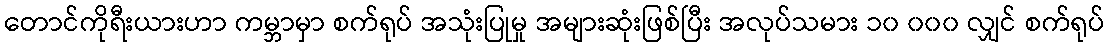
တောင်ကိုရီးယားဟာ ကမ္ဘာမှာ စက်ရုပ် အသုံးပြုမှု အများဆုံးဖြစ်ပြီး အလုပ်သမား ၁၀ ၀၀၀ လျှင် စက်ရုပ်